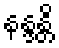
နန္ဒန္တိ